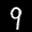
Label: 9